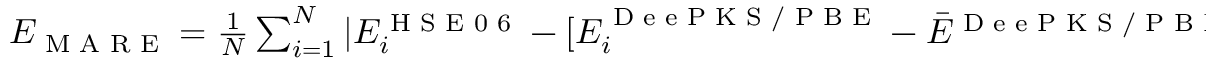
\begin{array} { r } { E _ { \textrm { M A R E } } = \frac { 1 } { N } \sum _ { i = 1 } ^ { N } | E _ { i } ^ { \textrm { H S E 0 6 } } - [ E _ { i } ^ { \textrm { D e e P K S / P B E } } - \bar { E } ^ { \textrm { D e e P K S / P B E } } + \bar { E } ^ { \textrm { H S E 0 6 } } ] | } \end{array}